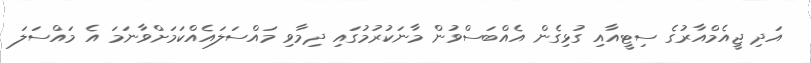
އަދި ޖީއެމްއާރުގެ ސިޓީއާއި ގުޅިގެން އެއްބަސްވުން މާނަކުރުމުގައި ދިމާވި މައްސަލައެއްކަމަށްވާނަމަ އެ މައްސަލަ